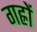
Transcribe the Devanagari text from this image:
गह्रों